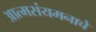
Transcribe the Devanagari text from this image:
आत्मसंयमनाचे